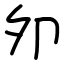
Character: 夘